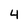
Character: 4